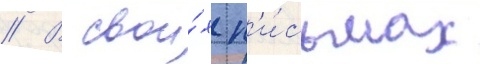
// В свои́х п'и́сьмах